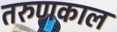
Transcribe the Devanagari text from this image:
तरुणकाल